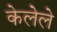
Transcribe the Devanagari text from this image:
केलेेले